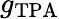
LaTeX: g_{\mathrm{TPA}}